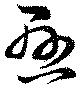
懸